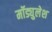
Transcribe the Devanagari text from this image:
मॉड्युलेश